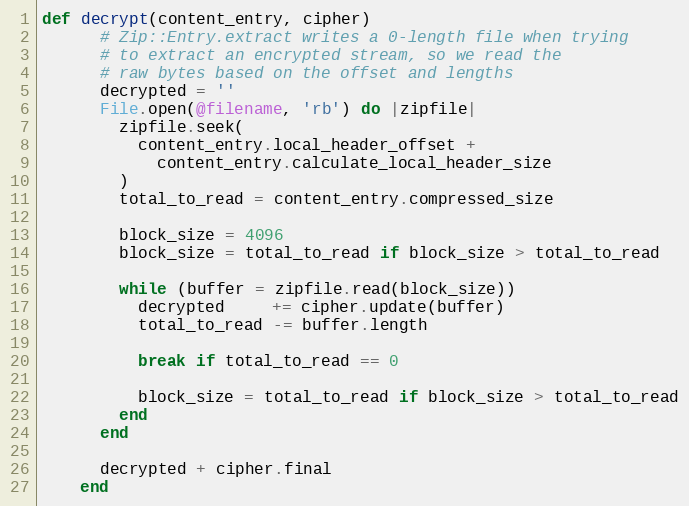
Language: Ruby
def decrypt(content_entry, cipher)
      # Zip::Entry.extract writes a 0-length file when trying
      # to extract an encrypted stream, so we read the
      # raw bytes based on the offset and lengths
      decrypted = ''
      File.open(@filename, 'rb') do |zipfile|
        zipfile.seek(
          content_entry.local_header_offset +
            content_entry.calculate_local_header_size
        )
        total_to_read = content_entry.compressed_size

        block_size = 4096
        block_size = total_to_read if block_size > total_to_read

        while (buffer = zipfile.read(block_size))
          decrypted     += cipher.update(buffer)
          total_to_read -= buffer.length

          break if total_to_read == 0

          block_size = total_to_read if block_size > total_to_read
        end
      end

      decrypted + cipher.final
    end